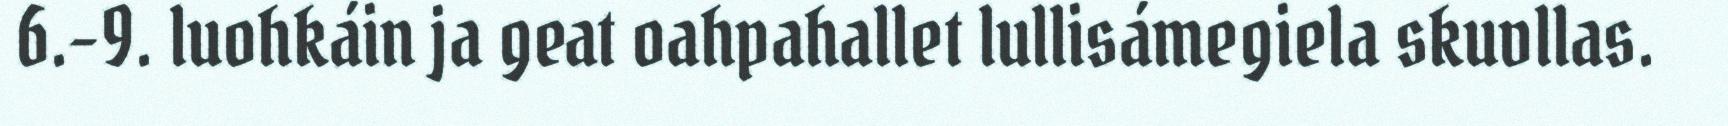
6.-9. luohkáin ja geat oahpahallet lullisámegiela skuvllas.